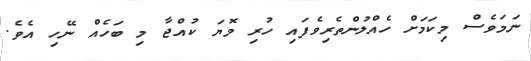
ނަމަވެސް މިކަމަށް ހެއްލުންތެރިވެފައި ހުރި މޮޔަ ކުއްޖާ މި ބަހެއް ނޭހި އެވެ.